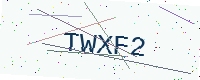
Text: TWXF2